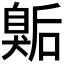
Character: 𭸫